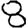
Digit: 8